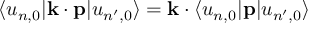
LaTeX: \langle u _ { n , 0 } | \mathbf { k } \cdot \mathbf { p } | u _ { n ^ { \prime } , 0 } \rangle = \mathbf { k } \cdot \langle u _ { n , 0 } | \mathbf { p } | u _ { n ^ { \prime } , 0 } \rangle